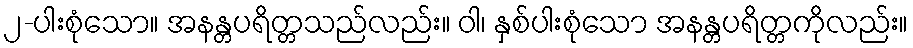
၂-ပါးစုံသော။ အနန္တပရိတ္တသည်လည်း။ ဝါ၊ နှစ်ပါးစုံသော အနန္တပရိတ္တကိုလည်း။